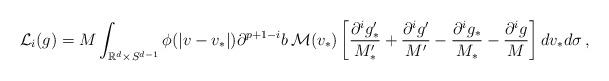
LaTeX: \begin{align*}\mathcal L_{i}(g) = M \int_{\mathbb R^d\times S^{d-1}} \phi(|v-v_{\ast}|)\partial^{p+1-i}b\, \mathcal M(v_{\ast}) \left[\frac{\partial^i g_{\ast}^{\prime}}{M_{\ast}^{\prime}}+\frac{\partial^i g^{\prime}}{M^{\prime}}-\frac{\partial^i g_{\ast}}{M_{\ast}}-\frac{\partial^i g}{M}\right] dv_{\ast}d\sigma\,,\end{align*}